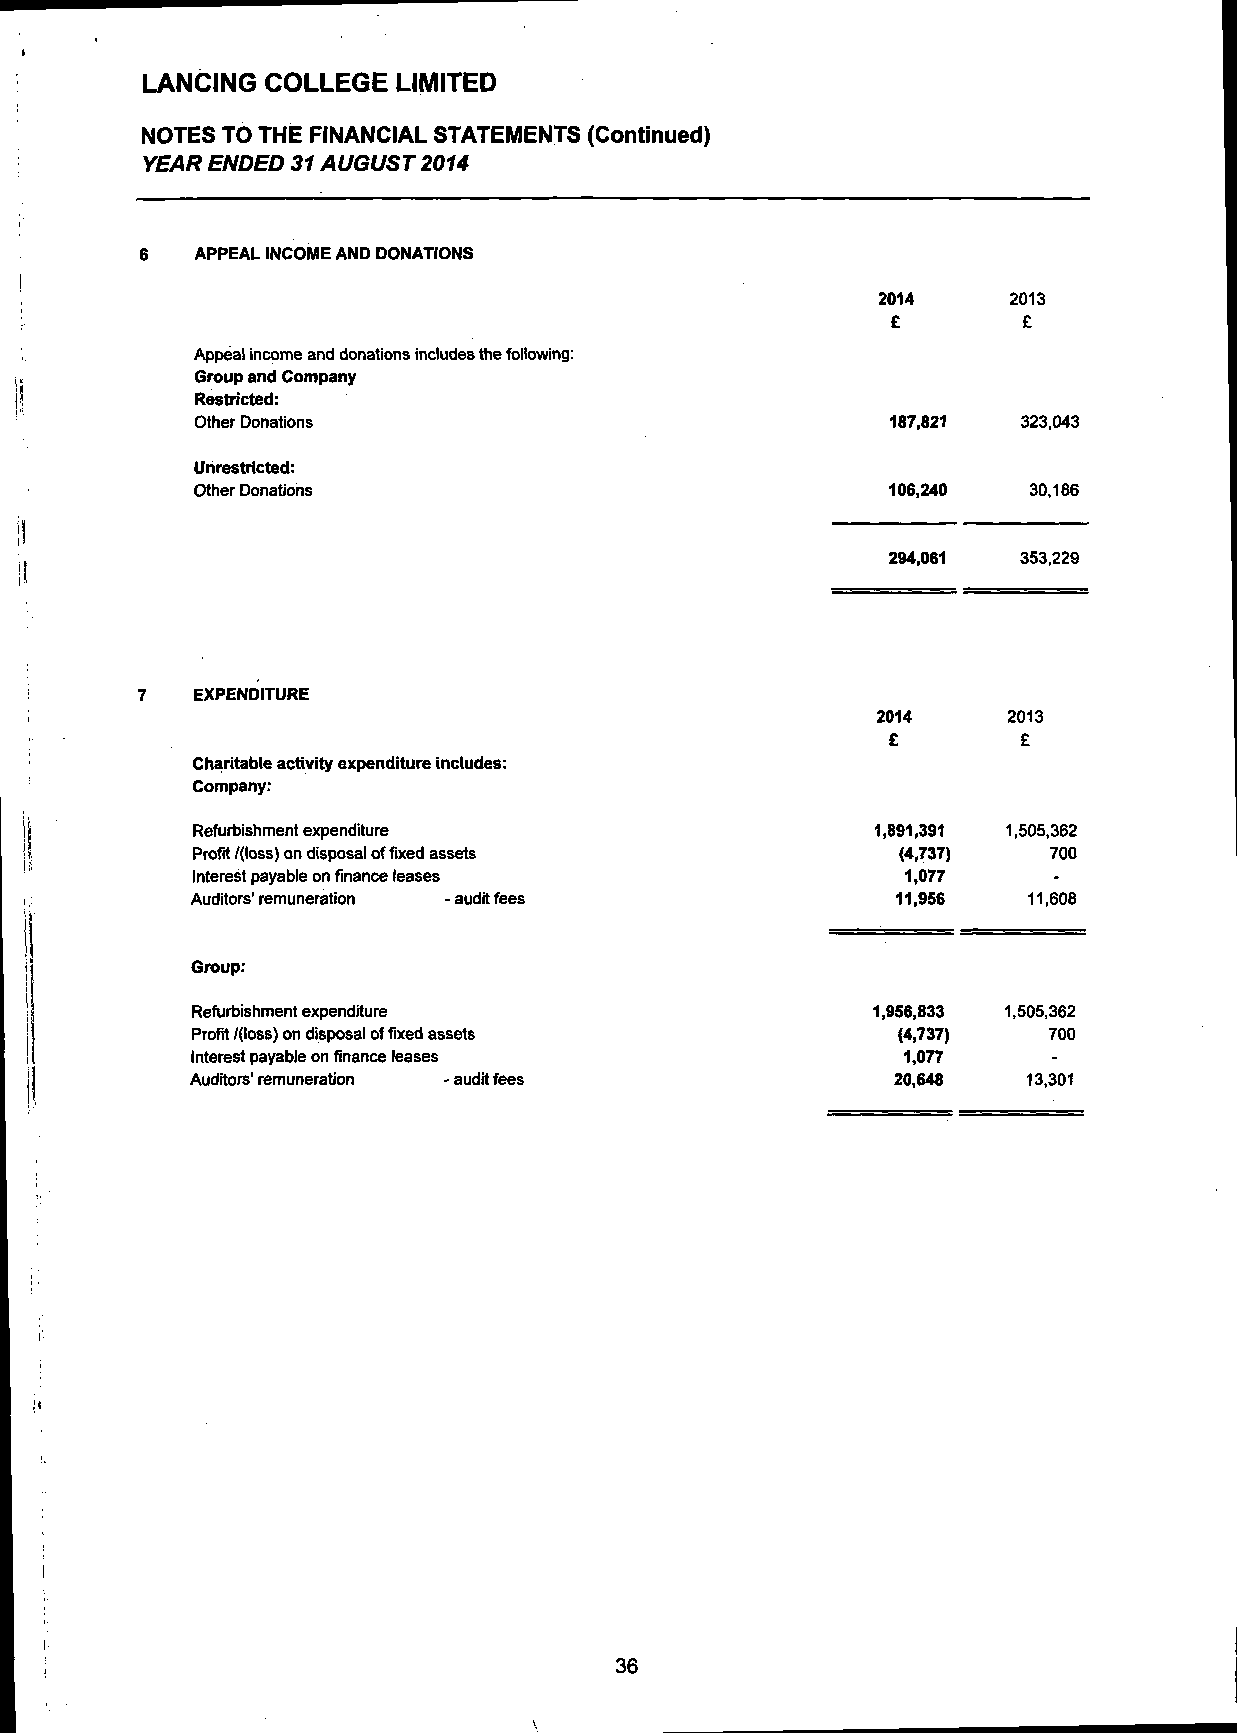
LANCING  COLLEGE LIMITED
 NOTES TO THE FINANCIAL STATEMENTS (Continued)
 YEAR ENDED 31 AUGUST 2014
 APPEAL INCOME AND DONATIONS
 2014     2013
 £        £
 Appeal income and donations includes the following:
 Group and Company
 Restricted:
 Other Donations                               187,821  323,043
 Unrestricted:
 Other Donations                               106,240  30,186
 294,061  353,229
 EXPENDITURE
 2014     2013
 £        £
 Charitable activity expenditure includes:
 Company:
 Refurbishment expenditure                    1,891,391 1,505,362
 Profit /(loss) on disposal of fixed assets    (4,737)   700
 Interest payable on finance leases             1,077
 Auditors'remuneration -auditfees              11,956   11,608
 Group:
 Refurbishment expenditure                    1,956,833 1,505,362
 Profit /(loss) on disposal of fixed assets    (4,737)   700
 Interest payable on finance leases             1,077
 Auditors'remuneration -audit fees             20,648   13,301
 36